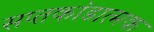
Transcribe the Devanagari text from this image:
सप्तकांडात्मक